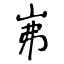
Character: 岪